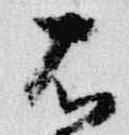
右